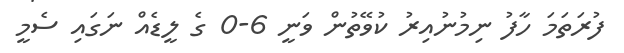
ފުރަތަމަ ހާފު ނިމުނުއިރު ކުވޭތުން ވަނީ 6-0 ގެ ލީޑެއް ނަގައި ސެމީ